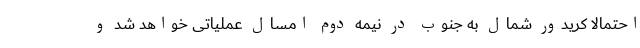
احتمالاً کریدور شمال به جنوب در نیمه دوم امسال عملیاتی خواهد شد و